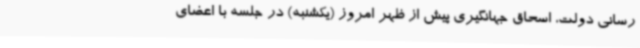
رسانی دولت، اسحاق جهانگیری پیش از ظهر امروز (یکشنبه) در جلسه با اعضای